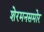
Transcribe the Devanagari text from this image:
शेरमनसमोर